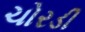
ચોરડી